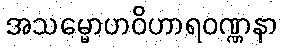
အသမ္မောဟဝိဟာရဝဏ္ဏနာ